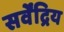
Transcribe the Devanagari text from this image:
सर्वेंद्रिय